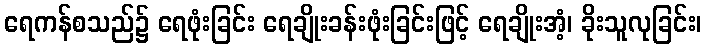
ရေကန်စသည်၌ ရေဖုံးခြင်း ရေချိုးခန်းဖုံးခြင်းဖြင့် ရေချိုးအံ့၊ ခိုးသူလုခြင်း၊